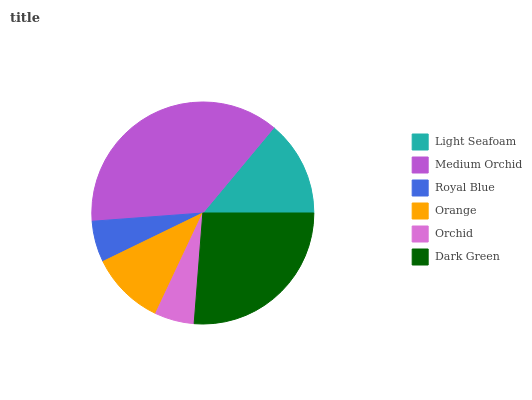
| Light Seafoam | Medium Orchid | Royal Blue | Orange | Orchid | Dark Green |
 | --- | --- | --- | --- | --- | --- |
 | 13.9% | 37.2% | 6% | 10.8% | 5.74% | 26.3% |